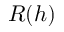
R ( h )